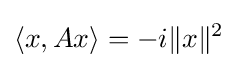
\langle x,Ax\rangle =-i\|x\|^{2}